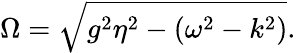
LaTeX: \Omega=\sqrt{g^{2}\eta^{2}-(\omega^{2}-k^{2})}.